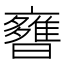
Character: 𣋿